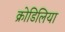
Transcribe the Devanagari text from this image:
क्रोडिलिया